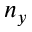
n _ { y }